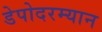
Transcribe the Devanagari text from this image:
डेपोदरम्यान